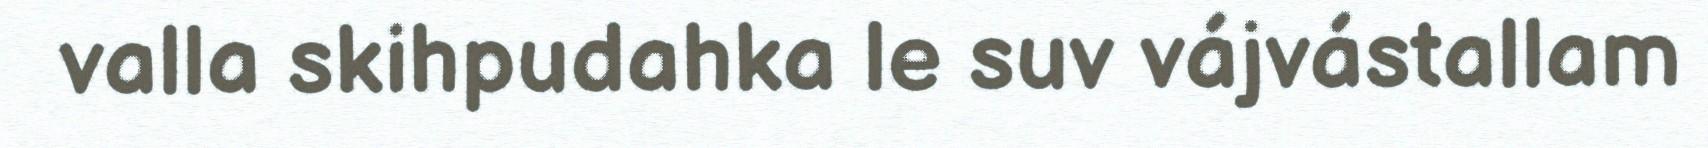
valla skihpudahka le suv vájvástallam